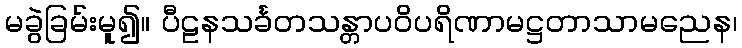
မခွဲခြမ်းမူ၍။ ပီဠနသင်္ခတသန္တာပဝိပရိဏာမဋ္ဌတာသာမညေန၊